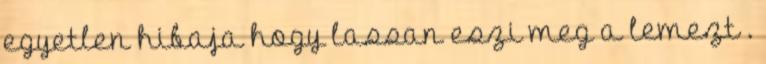
egyetlen hibaja hogy lassan eszi meg a lemezt .